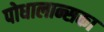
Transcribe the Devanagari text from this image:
पोधालान्सका